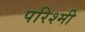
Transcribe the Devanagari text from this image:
परिश्मी